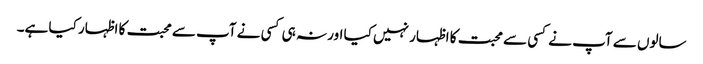
سالوں سے آپ نے کسی سے محبت کا اظہار نہیں کیا اور نہ ہی کسی نے آپ سے محبت کا اظہار کیا ہے۔